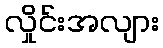
လှိုင်းအလျား